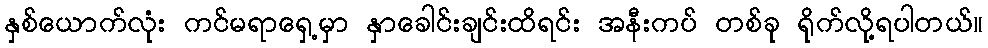
နှစ်ယောက်လုံး ကင်မရာရှေ့မှာ နှာခေါင်းချင်းထိရင်း အနီးကပ် တစ်ခု ရိုက်လို့ရပါတယ်။